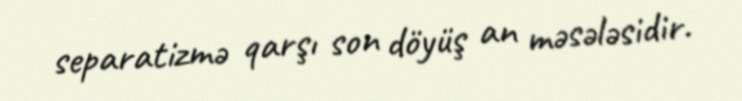
separatizmə qarşı son döyüş an məsələsidir.